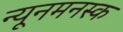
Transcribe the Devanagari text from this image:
न्यूनमनस्क